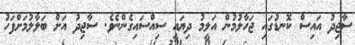
ސާޖިދު އައިސް ކޮނޑުގައި ޖަހާލުމުން އަލީމު ދިޔައީ ސިއްސައިގެންނެވެ. ސާޖިދު އަށް ބަލާލުމަށްފަހު